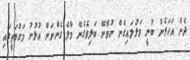
ދެން އަހަރެން ބުނީ ވަޅުލައިގެން ނުވާނޭ ބަލިވެގެން މާލެ ގެންނަން އުޅުނު މަގުމަތީގައި